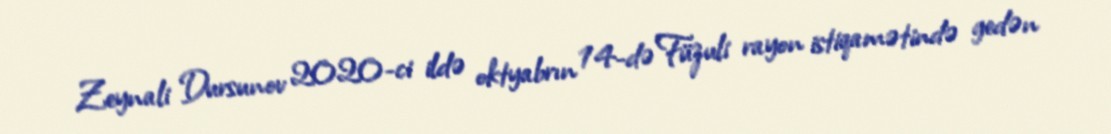
Zeynali Dursunov 2020-ci ildə oktyabrın 14-də Füzuli rayon istiqamətində gedən